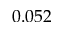
0 . 0 5 2